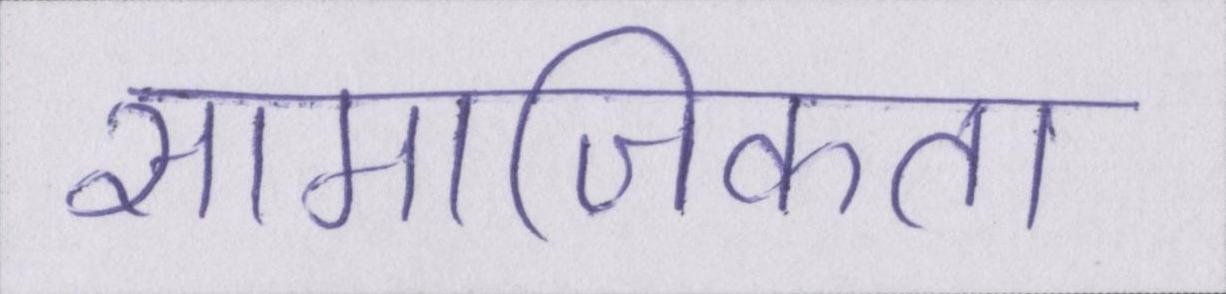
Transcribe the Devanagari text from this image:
सामाजिकता